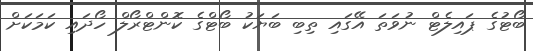
ބޯޓުގެ ޕައިލެޓް ނުވަތަ އޭގައި ތިބި ބަޔަކު ބޯޓްގެ ކޮންޓްރޯލް ހޯދައި ކަމަކަށް